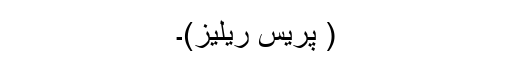
( پریس ریلیز)۔